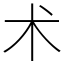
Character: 术